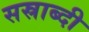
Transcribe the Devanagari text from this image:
सस्राब्दी